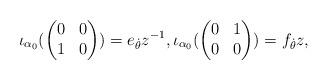
LaTeX: \begin{align*}\iota_{\alpha_0}(\begin{pmatrix} 0&0\\1&0\end{pmatrix})=e_{\dot{\theta}}z^{-1},\iota_{\alpha_0}(\begin{pmatrix}0&1\\0&0\end{pmatrix})=f_{\dot{\theta}}z,\end{align*}